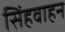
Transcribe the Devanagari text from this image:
सिंहवाहन